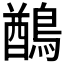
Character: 𪃬